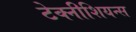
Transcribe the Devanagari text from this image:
टेक्नीशियन्स